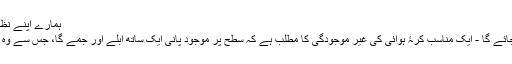
ہمارے اپنے نظام شمسی میں ہماری پاس اس کی ایک زبردست مثال ہے:
اگرچہ یورپا کا ٹھوس قلب ہے، آپ کو یہاں سے اندازہ ہوجائے گا - ایک مناسب کرۂ ہوائی کی غیر موجودگی کا مطلب ہے کہ سطح پر موجود پانی ایک ساتھ ابلے اور جمے گا، جس سے وہ ایک مائع سمندر کے اوپر ہموار برف کی پرت بنا دے گا۔